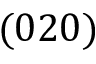
( 0 2 0 )